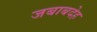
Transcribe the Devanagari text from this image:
जबाबदेह